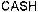
CASH